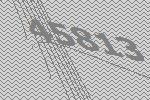
45813